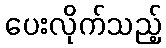
ပေးလိုက်သည့်